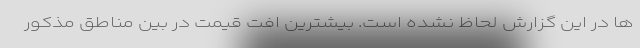
ها در این گزارش لحاظ نشده است. بیشترین افت قیمت در بین مناطق مذکور